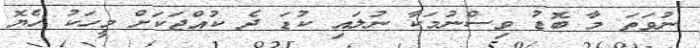
ނުވަތަ މާ ބޮޑު ވިސްނުމަކާ ނުލައި ކުޑަ ދެ ކުއްޖަކަށް މީހަކު ހެޔޮ